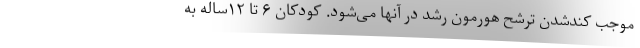
موجب کندشدن ترشح هورمون رشد در آنها می‌شود. کودکان ۶ تا ۱۲ساله به